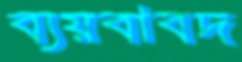
ব্যয়বাবদ